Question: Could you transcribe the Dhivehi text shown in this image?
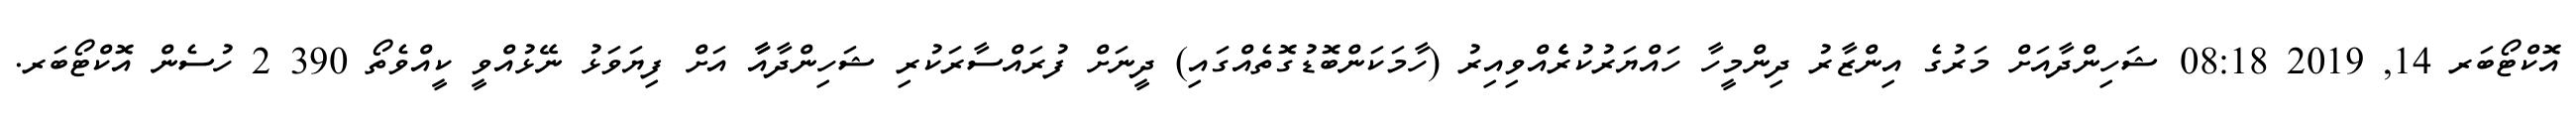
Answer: އޮކްޓޯބަރ 14, 2019 08:18 ޝަހިންދާއަށް މަރުގެ އިންޒާރު ދިންމީހާ ހައްޔަރުކުރެެެެެއްވިއިރު (ހާމަކަންބޮޑުގޮތެއްގައި) ދީނަށް ފުރައްސާރަކުރި ޝަހިންދާއާާ އަށް ފިޔަވަޅު ނޭޅުއްވީ ކީއްވެތޯ 390 2 ހުސެން އޮކްޓޯބަރ.